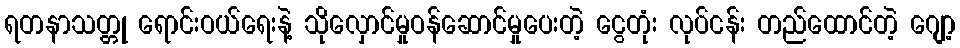
ရတနာသတ္တု ရောင်းဝယ်ရေးနဲ့ သိုလှောင်မှုဝန်ဆောင်မှုပေးတဲ့ ငွေတုံး လုပ်ငန်း တည်ထောင်တဲ့ ဂျော့